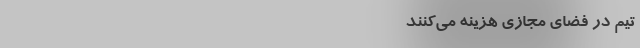
تیم در فضای مجازی هزینه می‌‌‌‌‌‌‌‌‌‌‌‌‌‌‌‌‌‌‌‌‌‌‌‌‌‌‌‌‌‌‌‌‌‌‌کنند